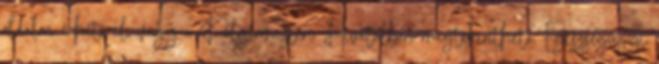
oldalon érhető el, vagy a Polgármesteri Hivatalban megtekinthető. Egészségügyi